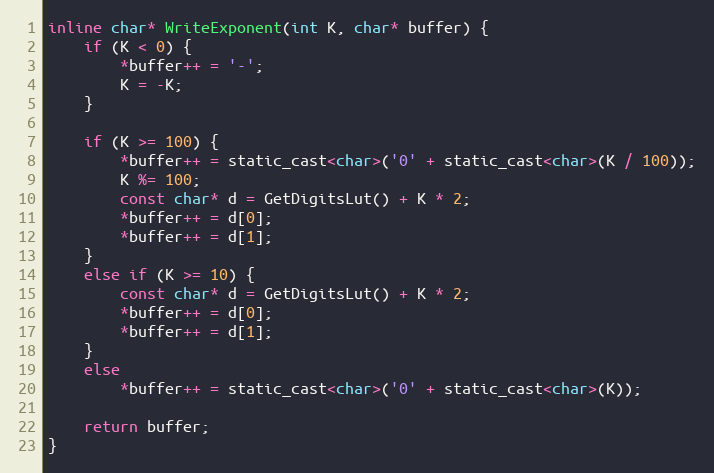
Language: C
inline char* WriteExponent(int K, char* buffer) {
    if (K < 0) {
        *buffer++ = '-';
        K = -K;
    }

    if (K >= 100) {
        *buffer++ = static_cast<char>('0' + static_cast<char>(K / 100));
        K %= 100;
        const char* d = GetDigitsLut() + K * 2;
        *buffer++ = d[0];
        *buffer++ = d[1];
    }
    else if (K >= 10) {
        const char* d = GetDigitsLut() + K * 2;
        *buffer++ = d[0];
        *buffer++ = d[1];
    }
    else
        *buffer++ = static_cast<char>('0' + static_cast<char>(K));

    return buffer;
}